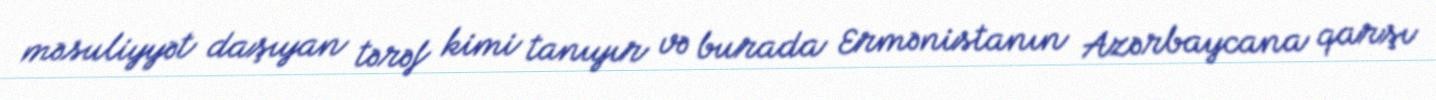
məsuliyyət daşıyan tərəf kimi tanıyır və burada Ermənistanın Azərbaycana qarşı